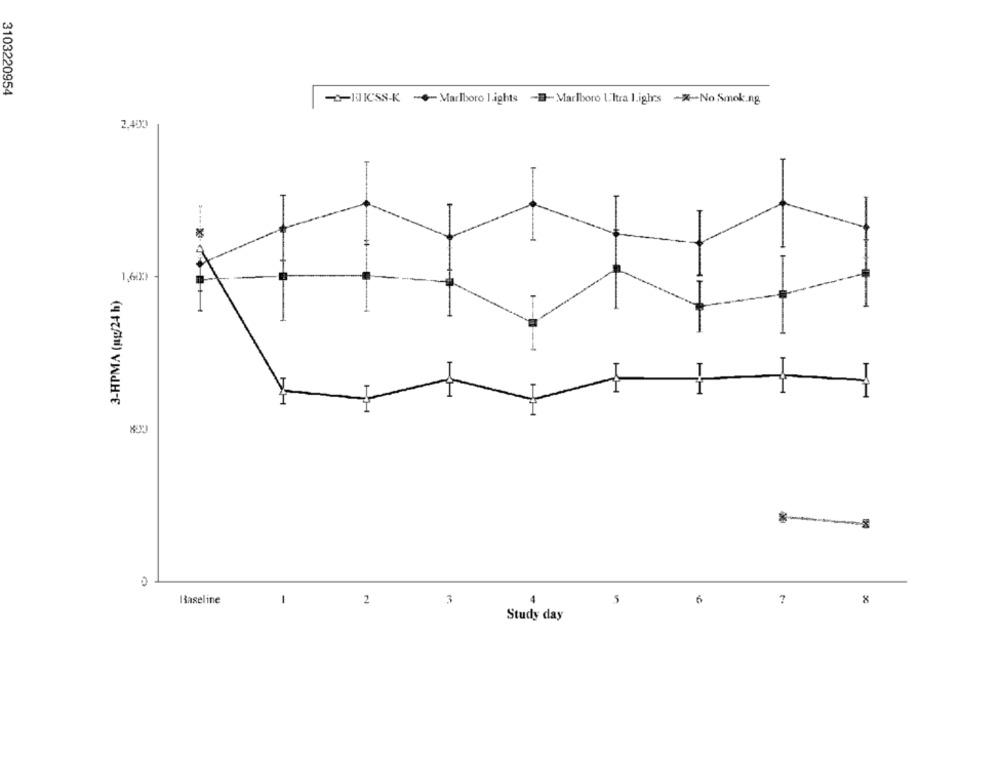
3103220954
-Ha ICSS-K -Marlboro lights
-- Marlboro L'Itra I.ighrs -%-No Smok.ng
2.48X3
1,629
3-HPMA (pg/24 h)
III
Baseline
1
2
3
5
6
8
Study day